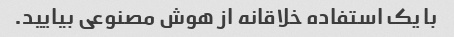
با یک استفاده خلاقانه از هوش مصنوعی بیایید.